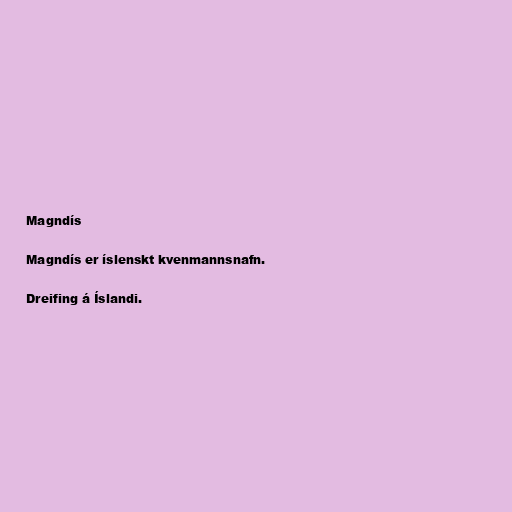
Magndís

Magndís er íslenskt kvenmannsnafn.

Dreifing á Íslandi.